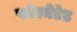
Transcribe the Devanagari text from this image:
फॉरमेटेड